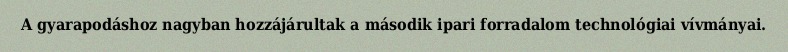
A gyarapodáshoz nagyban hozzájárultak a második ipari forradalom technológiai vívmányai.